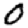
Digit: 0